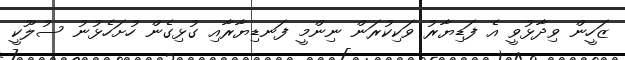
ޒަހީން ވިދާޅުވީ އެ ފަޑިޔާރު ވަކިކުރަން ނިންމީ ފަނޑިޔާރާއި ގުޅިގެން ހުށަހެޅުނު ސުލޫކީ